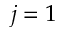
j = 1